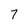
Character: 7